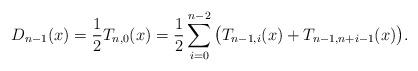
LaTeX: \begin{align*}D_{n-1}(x) = \frac{1}{2}T_{n,0}(x)= \frac{1}{2}\sum_{i=0}^{n-2}\big(T_{n-1,i}(x)+T_{n-1,n+i-1}(x)\big).\end{align*}